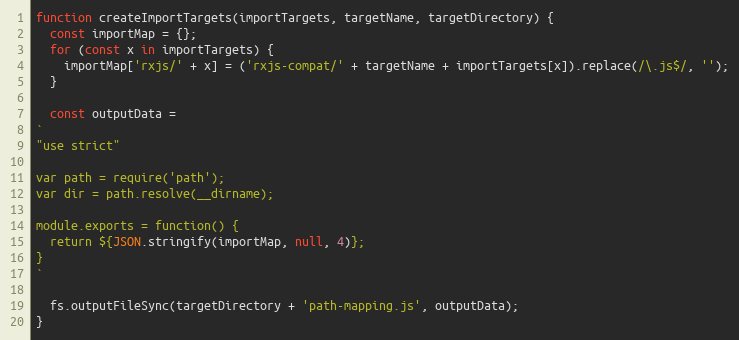
Language: JavaScript
function createImportTargets(importTargets, targetName, targetDirectory) {
  const importMap = {};
  for (const x in importTargets) {
    importMap['rxjs/' + x] = ('rxjs-compat/' + targetName + importTargets[x]).replace(/\.js$/, '');
  }

  const outputData =
`
"use strict"

var path = require('path');
var dir = path.resolve(__dirname);

module.exports = function() {
  return ${JSON.stringify(importMap, null, 4)};
}
`

  fs.outputFileSync(targetDirectory + 'path-mapping.js', outputData);
}